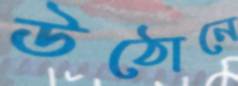
উঠোনে